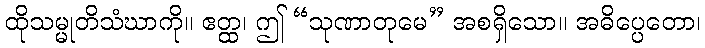
ထိုသမ္မုတိသံဃာကို။ ဧတ္ထ၊ ဤ “သုဏာတုမေ” အစရှိသော။ အဓိပ္ပေတော၊